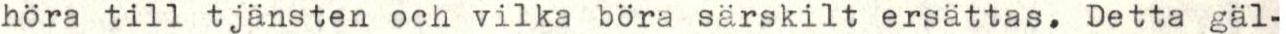
höra till tjänsten och vilka böra särskilt ersättas. Detta gäl-